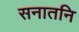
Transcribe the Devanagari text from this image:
सनातनि